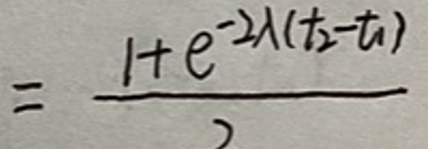
\[ = \frac{1 + e^{-2\lambda(t_2 - t_1)}}{2} \]